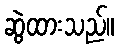
ဆွဲထားသည်။